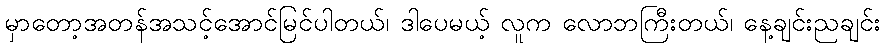
မှာတော့အတန်အသင့်အောင်မြင်ပါတယ်၊ ဒါပေမယ့် လူက လောဘကြီးတယ်၊ နေ့ချင်းညချင်း